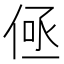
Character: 𬾤